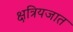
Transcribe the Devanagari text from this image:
क्षत्रियजात